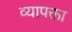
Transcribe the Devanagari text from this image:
व्यापक्ता